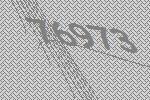
76973